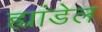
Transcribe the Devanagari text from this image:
ह्यांडेल